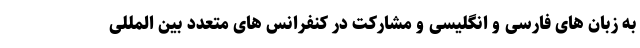
به زبان های فارسی و انگلیسی و مشارکت در کنفرانس های متعدد بین المللی